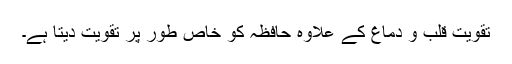
تقویتِ قلب و دماغ کے علاوہ حافظہ کو خاص طور پر تقویت دیتا ہے۔